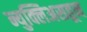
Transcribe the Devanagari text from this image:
न्युक्लिअसहून